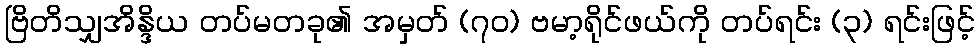
ဗြိတိသျှအိန္ဒိယ တပ်မတခု၏ အမှတ် (၇၀) ဗမာ့ရိုင်ဖယ်ကို တပ်ရင်း (၃) ရင်းဖြင့်